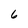
Character: 6